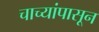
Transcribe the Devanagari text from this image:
चाच्यांपासून